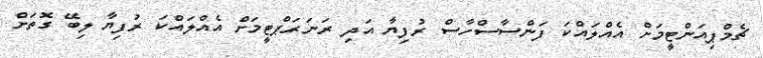
ޗެމްޕިއަންޓީމަށް އެއްލައްކަ ފަންސާސްހާސް ރުފިޔާ އަދި ރަނަރަޕްޓީމަށް އެއްލައްކަ ރުފިޔާ ލިބޭ ގޮތަށް